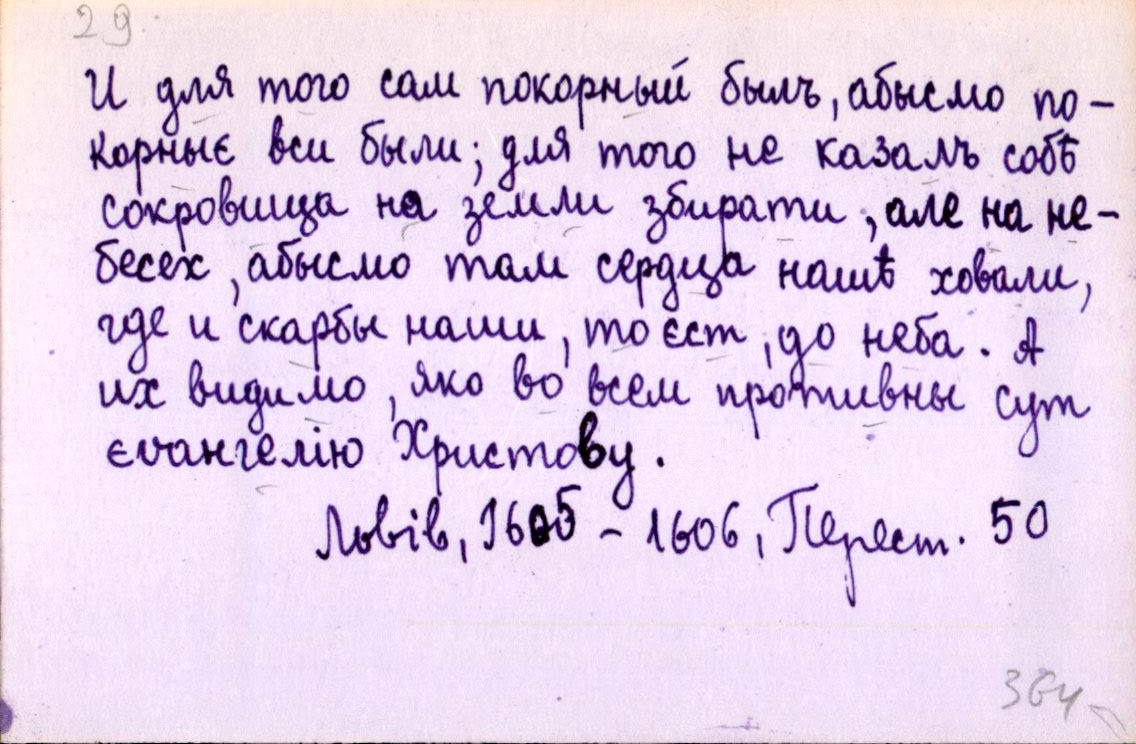
И для того сам покорный былъ, абысмо по-
корныє вси были; для того не казалъ собѣ
сокровища на земли збирати, але на не-
бесех, абысмо там сердца нашѣ ховали,
где и скарбы наши, то єст, до неба. А
их видимо, яко во всем противны сут
єѵангелію Христову.
Львів, 1605-1606, Перест. 50